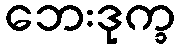
ဘေးဒုက္ခ